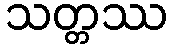
သတ္တဿ